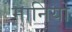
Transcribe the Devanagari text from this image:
मानियो